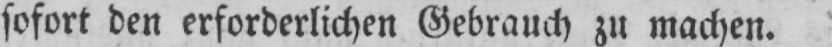
sofort den erforderlichen Gebrauch zu machen.